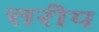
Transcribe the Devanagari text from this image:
त्तरीय